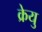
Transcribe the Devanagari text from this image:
क्रेयु